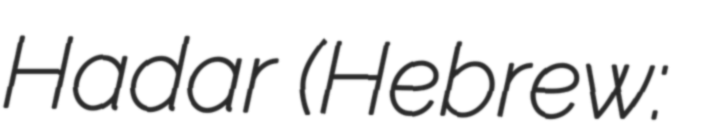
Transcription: Hadar (Hebrew: בַּת